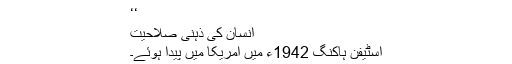
‘‘
انسان کی ذہنی صلاحیت
اسٹیفن ہاکنگ 1942ء میں امریکا میں پیدا ہوئے۔